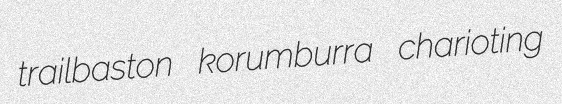
trailbaston korumburra charioting